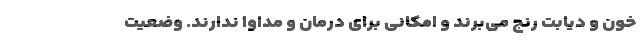
خون و دیابت رنج می‌برند و امکانی برای درمان و مداوا ندارند. وضعیت